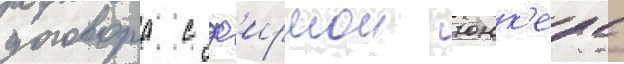
договора с ф'ирмои юнк'ерс